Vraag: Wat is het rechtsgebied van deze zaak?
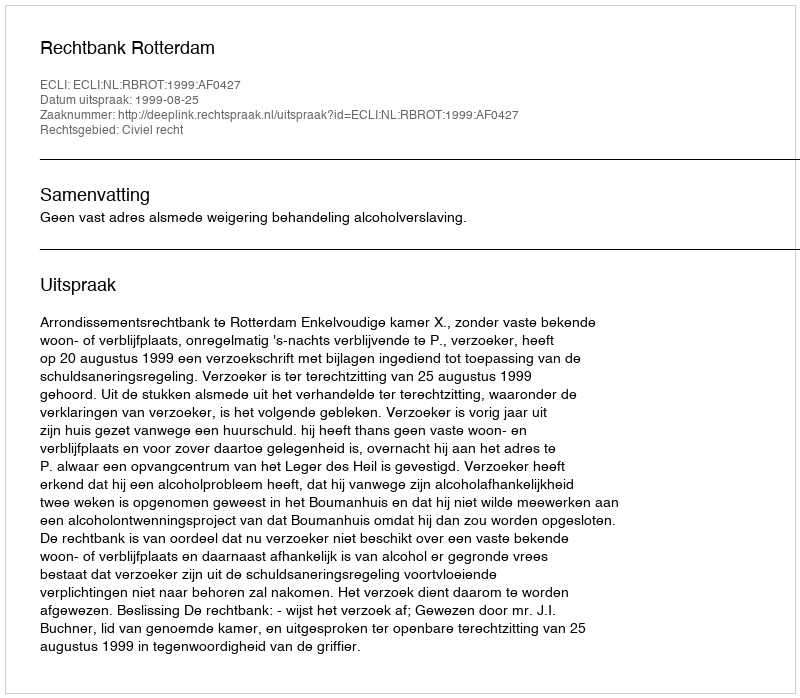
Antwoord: Civiel recht